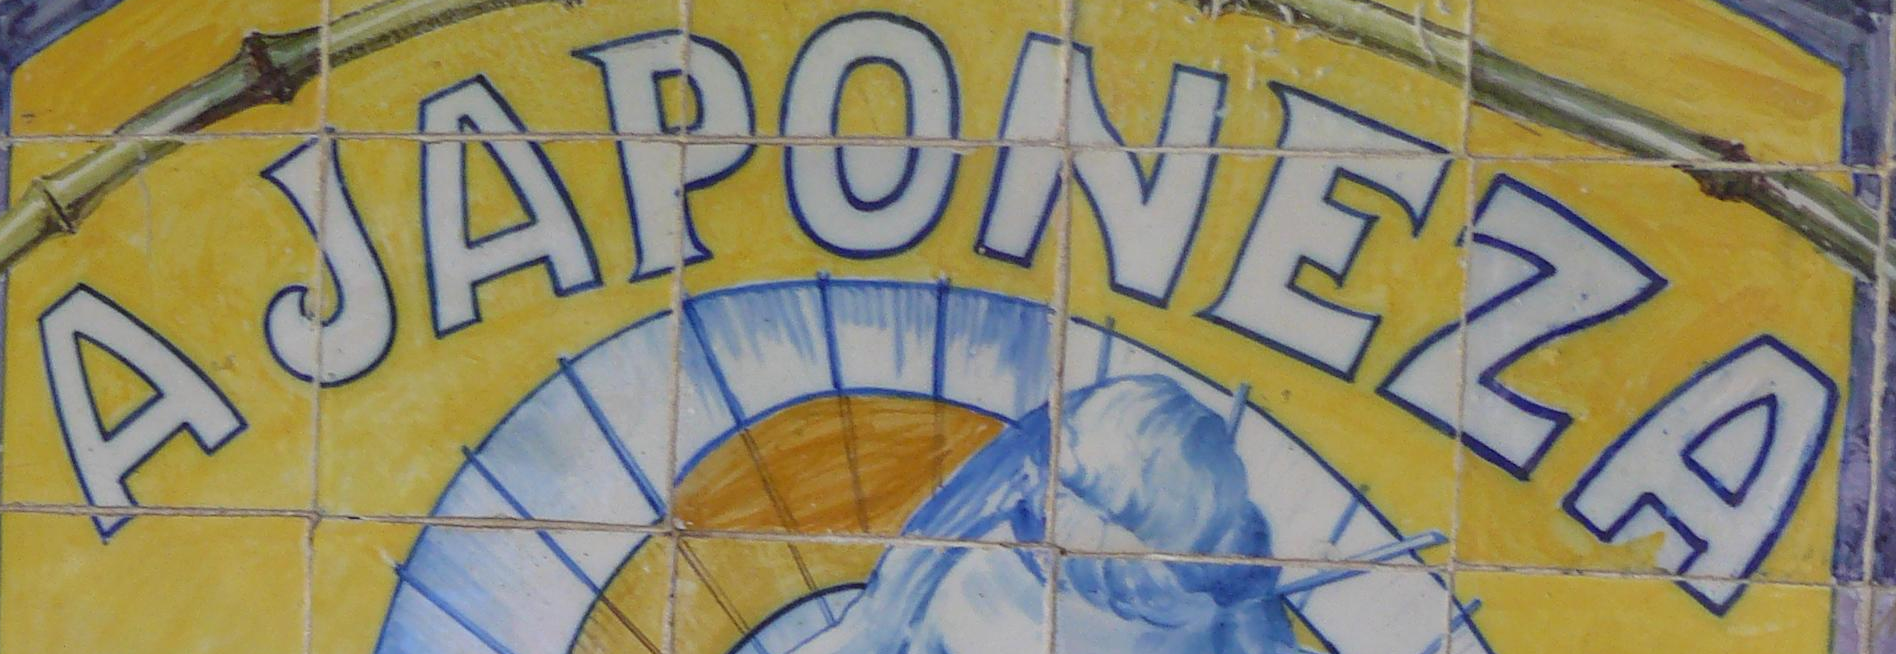
AJAPONEZA